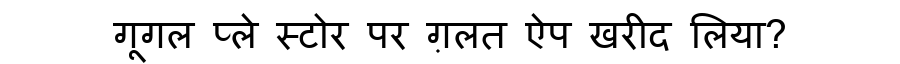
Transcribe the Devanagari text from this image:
गूगल प्ले स्टोर पर ग़लत ऐप खरीद लिया?